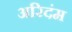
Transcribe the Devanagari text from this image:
अरिदंम